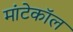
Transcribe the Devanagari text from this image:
मांटेकॉल